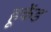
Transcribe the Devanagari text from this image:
हूकेंड